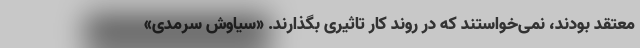
معتقد بودند، نمی‌خواستند که در روند کار تاثیری بگذارند. «سیاوش سرمدی»